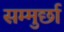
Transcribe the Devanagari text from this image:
सम्मुर्छा